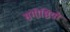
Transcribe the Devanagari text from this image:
संगॊष्ठियॊं